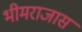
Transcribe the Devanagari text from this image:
भीमराजास